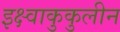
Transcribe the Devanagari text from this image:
इक्ष्वाकुकुलीन